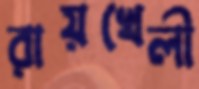
রায়খেলী